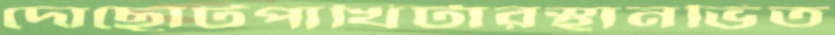
দোছোটপাখিটারস্থানভিত